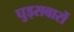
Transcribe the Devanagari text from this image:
घुड्सवारों